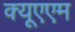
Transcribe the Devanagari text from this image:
क्यूएएम